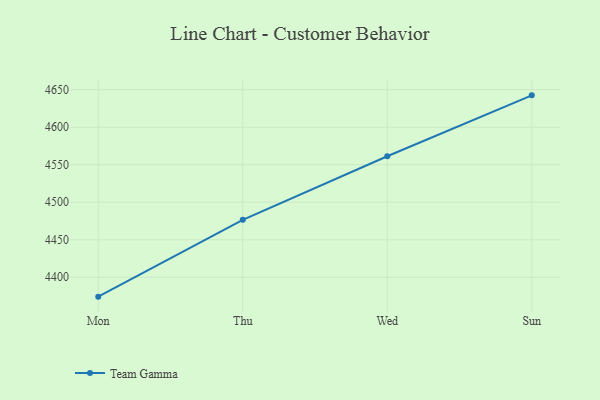
{"axis": {"x": "Day", "y": "Website Visitors"}, "legend": ["Team Gamma"], "data": [{"x": "Mon", "y": 4374.2, "type": "Team Gamma"}, {"x": "Thu", "y": 4476.5, "type": "Team Gamma"}, {"x": "Wed", "y": 4561.3, "type": "Team Gamma"}, {"x": "Sun", "y": 4642.4, "type": "Team Gamma"}]}